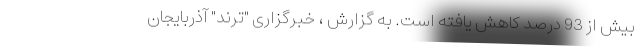
بیش از 93 درصد کاهش یافته است. به گزارش ، خبرگزاری "ترند" آذربایجان